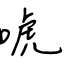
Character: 唬